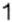
1